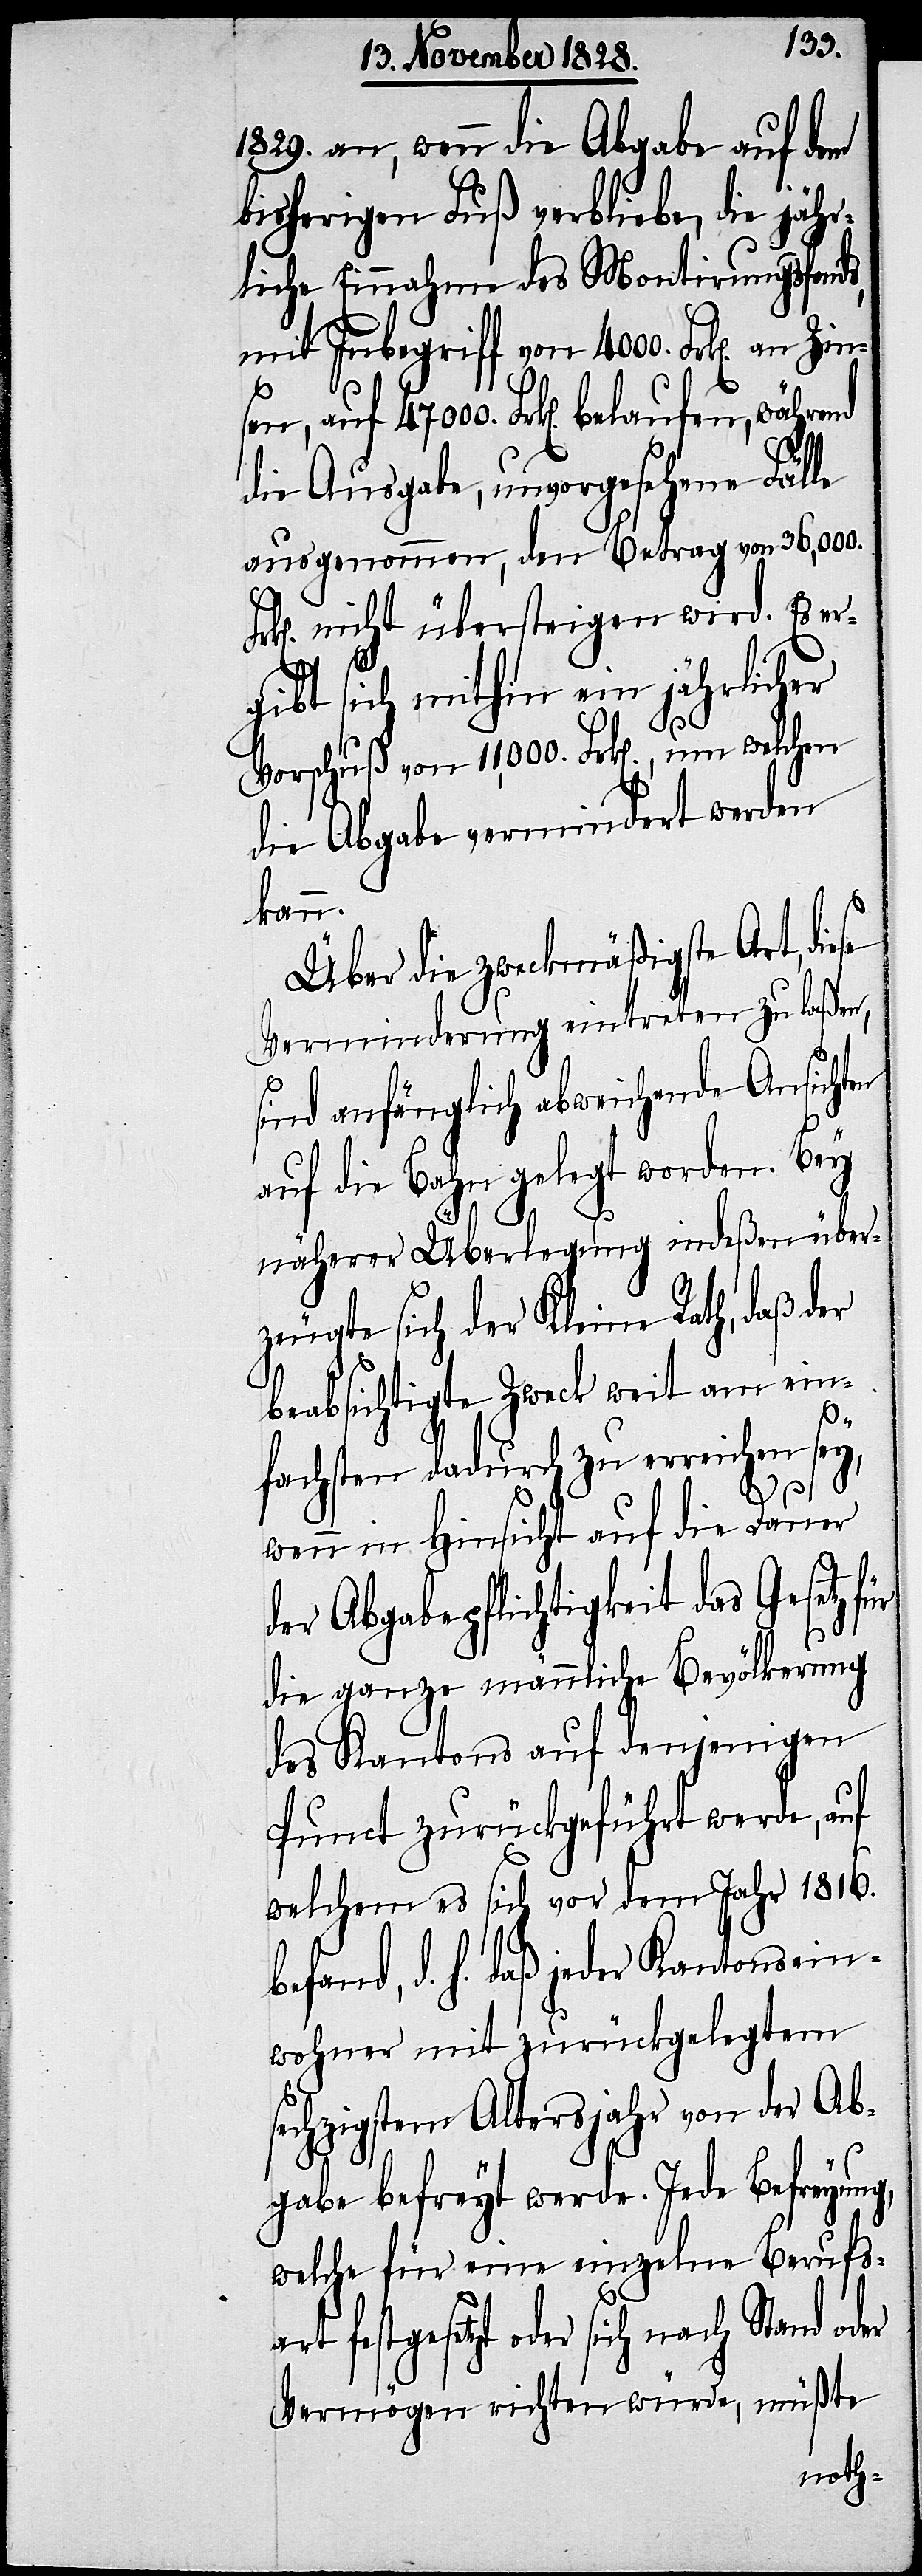
1829. an, wenn die Abgabe auf dem
bisherigen Fuß verbliebe, die jähr¬
liche Einnahme des Montirungsfonds,
mit Inbegriff von 4000. Frk[en]. an
die Ausgabe, unvorgesehene Fälle
ausgenommen, den Betrag von 36,000.
nicht übersteigen wird. Es er¬
gibt sich mithin ein jährlicher
art
Vorschuß von 11,000. Frk[en]., um welchen
die Abgabe vermindert werden
kann.
Über die zweckmäßigste Art, di¬
Verminderung eintreten zu laßen,
sind anfänglich abweichende Ansichten
auf die Bahn gelegt worden. Bey
näherer Überlegung indeßen über¬
zeugte sich der Kleine Rath, daß der
beabsichtigte Zweck weit am ein¬
fachsten dadurch zu erreichen sey,
wenn in Hinsicht auf die Dauer
der Abgabepflichtigkeit das Gesetz f¬
die ganze männliche Bevölkerung
des Kantons auf denjenigen
Punct zurückgeführt werde, auf
welchem es sich vor dem Jahr 1816.
befand, d. h. daß jeder Kantonsein¬
wohner mit zurückgelegtem
sechzigstem Altersjahr von der Ab¬
gabe befreyt werde. Jede Befreyung,
welche für eine einzelne Berufs¬
festgesetzt oder sich nach Stand oder
Vermögen richten würde, müßte